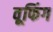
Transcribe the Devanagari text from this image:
वूफिंग